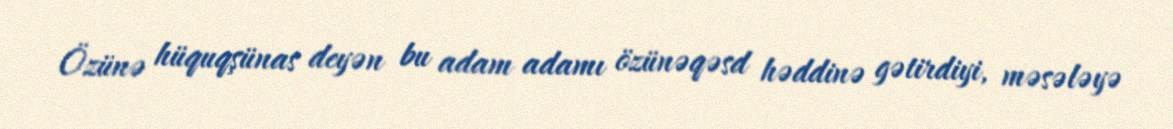
Özünə hüquqşünas deyən bu adam adamı özünəqəsd həddinə gətirdiyi, məsələyə